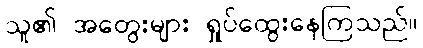
သူ၏ အတွေးများ ရှုပ်ထွေးနေကြသည်။